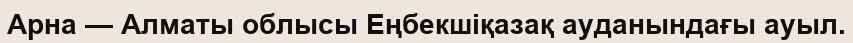
Арна — Алматы облысы Еңбекшіқазақ ауданындағы ауыл.